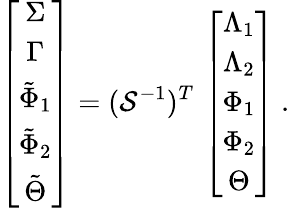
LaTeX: \left[\begin{array}{c}{\Sigma}\\ {\Gamma}\\ {\tilde{\Phi}_{1}}\\ {\tilde{\Phi}_{2}}\\ {\tilde{\Theta}}\end{array}\right]=({\cal S}^{-1})^{T}\, \left[\begin{array}{c}{\Lambda_{1}}\\ {\Lambda_{2}}\\ {\Phi_{1}}\\ {\Phi_{2}}\\ {\Theta}\end{array}\right]\ .